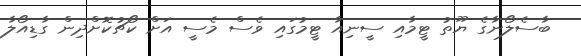
ބާސެލޯނާގެ ޔޫތު ޓީމާއި ސީނިއާ ޓީމުގައި ވެސް މެސީ އަށް ކޯޗުކޮށްދިން ގާޑިއޯލާ